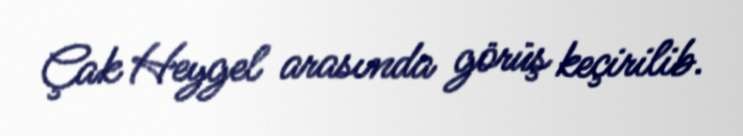
Çak Heygel arasında görüş keçirilib.